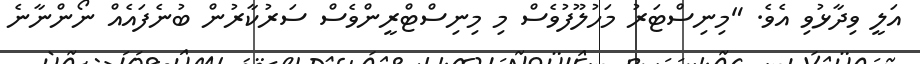
އަލީ ވިދާޅުވި އެވެ. "މިނިސްޓަރު މަހުލޫފުވެސް މި މިނިސްޓްރީންވެސް ސަރުކާރުން ބުނެފައެއް ނޯންނާނެ